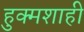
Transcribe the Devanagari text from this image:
हुक्मशाही